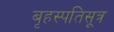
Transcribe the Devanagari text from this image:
बृहस्पतिसूत्र